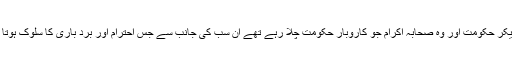
حضرت حسین کے مکّہ سے روانہ کے بعد سے لیکر حکومت اور وہ صحابہ اکرام جو کاروبار حکومت چلا رہے تھے ان سب کی جانب سے جس احترام اور برد باری کا سلوک ہوتا رہا اس کا ذکر پچھلے اوراق میں کیا جا چکا ہے ۔